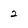
Character: 2